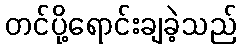
တင်ပို့ရောင်းချခဲ့သည်